Scottish Leaving Certificate Examination, 1956
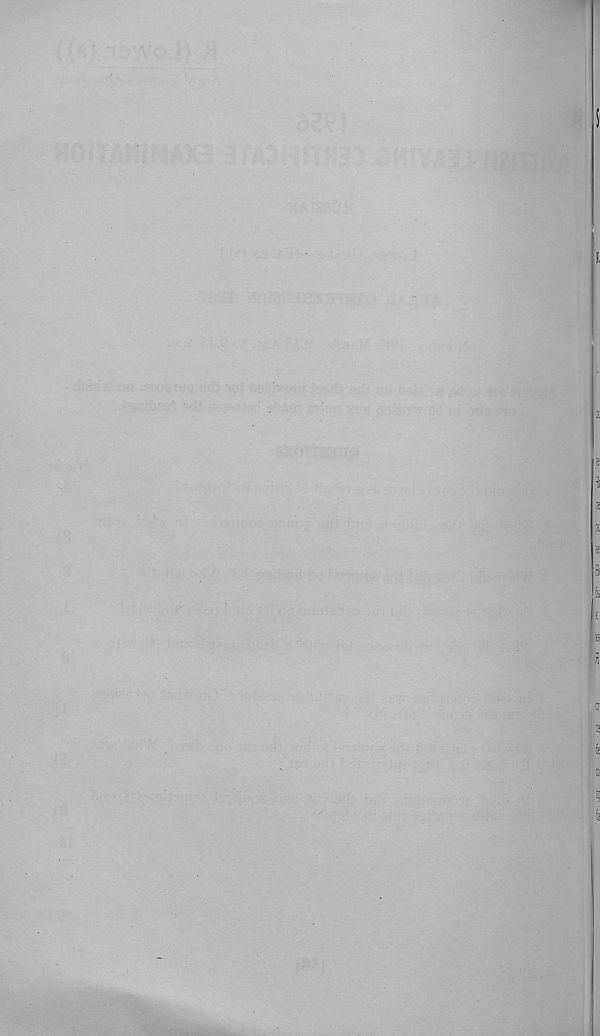
1
1
■i ;
E
Hi
i H
K
■ a
a
cr
I ' f
ti
: :
«!
ifl